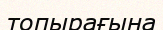
топырағына